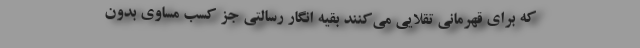
که برای قهرمانی تقلایی می‌کنند بقیه انگار رسالتی جز کسب مساوی بدون